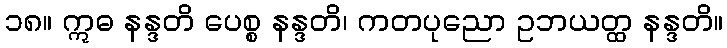
၁၈။ ဣဓ နန္ဒတိ ပေစ္စ နန္ဒတိ၊ ကတပုညော ဥဘယတ္ထ နန္ဒတိ။